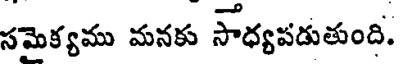
సమైక్యము మనకు సాధ్యపడుతుంది.